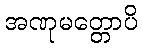
အဏုမတ္တောပိ